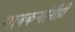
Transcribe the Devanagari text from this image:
गावकऱ्यांनीही